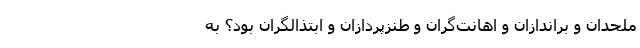
ملحدان و براندازان و اهانت‌گران و طنزپردازان و ابتذالگران بود؟ به